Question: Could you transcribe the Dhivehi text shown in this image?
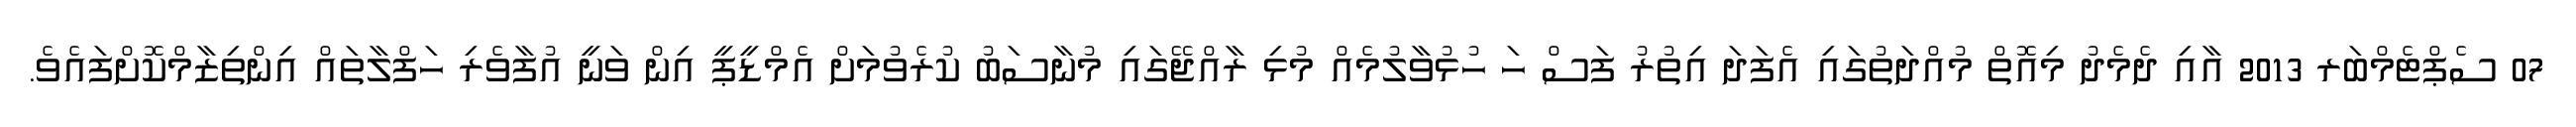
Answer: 07 ސެޕްޓެމްބަރ 2013 އާއި ދެމެދު މިއޮތް މުއްދަތުގައި އެފަދަ އިތުރު ފަސް ހަ ހުޅުވާލުމެއް މުޅި ރާއްޖޭގައި މުނާސަބު ކުރެވުމަށް އެމްޑީޕީ އިން ވަނީ އުފާވެރި ހަފްލާތައް އިންތިޒާމްކޮށްފައެވެ.